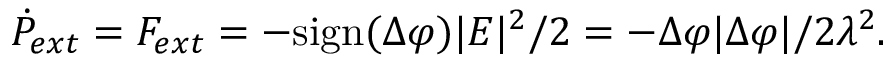
\dot { P } _ { e x t } = F _ { e x t } = - \mathrm { s i g n } ( \Delta \varphi ) | E | ^ { 2 } / 2 = - \Delta \varphi | \Delta \varphi | / 2 \lambda ^ { 2 } .